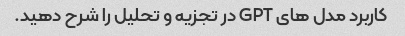
کاربرد مدل های GPT در تجزیه و تحلیل را شرح دهید.